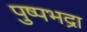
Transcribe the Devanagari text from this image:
पुष्पभद्रा